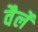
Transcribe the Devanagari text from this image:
वैर्ले